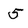
Character: 5